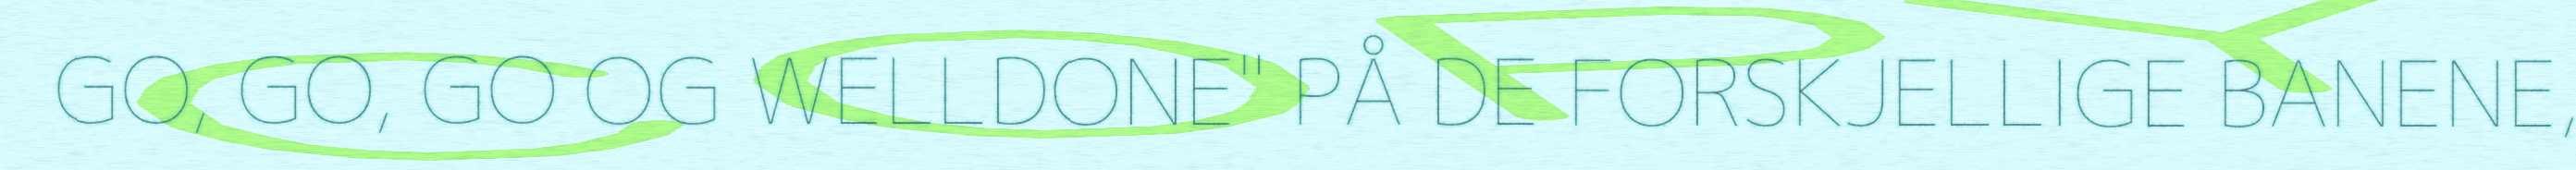
GO, GO, GO OG WELLDONE" PÅ DE FORSKJELLIGE BANENE,